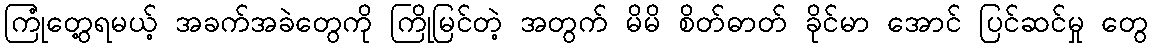
ကြုံတွေ့ရမယ့် အခက်အခဲတွေကို ကြိုမြင်တဲ့ အတွက် မိမိ စိတ်ဓာတ် ခိုင်မာ အောင် ပြင်ဆင်မှု တွေ